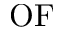
\mathrm { O F }